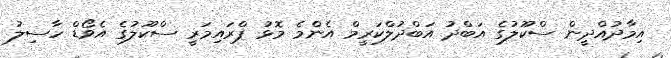
އިމާދުއްދީން ސްކޫލުގެ އަބްދު އަބްދުލްކަރީމް އެންމެ މޮޅު ޕްރައިމަރީ ސްކޫލުގެ އެވޯޑް ހާސިލު